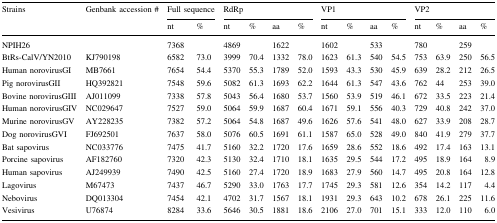
<table><thead><tr><td rowspan="2"><b>Strains</b></td><td rowspan="2"><b>Genbank accession #</b></td><td colspan="2"><b>Full sequence</b></td><td colspan="4"><b>RdRp</b></td><td colspan="4"><b>VP1</b></td><td colspan="4"><b>VP2</b></td></tr><tr><td><b>nt</b></td><td><b>%</b></td><td><b>nt</b></td><td><b>%</b></td><td><b>aa</b></td><td><b>%</b></td><td><b>nt</b></td><td><b>%</b></td><td><b>aa</b></td><td><b>%</b></td><td><b>nt</b></td><td><b>%</b></td><td><b>aa</b></td><td><b>%</b></td></tr></thead><tbody><tr><td>NPIH26</td><td></td><td>7368</td><td></td><td>4869</td><td></td><td>1622</td><td></td><td>1602</td><td></td><td>533</td><td></td><td>780</td><td></td><td>259</td><td></td></tr><tr><td>BtRs-CalV/YN2010</td><td>KJ790198</td><td>6582</td><td>73.0</td><td>3999</td><td>70.4</td><td>1332</td><td>78.0</td><td>1623</td><td>61.3</td><td>540</td><td>54.5</td><td>753</td><td>63.9</td><td>250</td><td>56.5</td></tr><tr><td>Human norovirusGI</td><td>MB7661</td><td>7654</td><td>54.4</td><td>5370</td><td>55.3</td><td>1789</td><td>52.0</td><td>1593</td><td>43.3</td><td>530</td><td>45.9</td><td>639</td><td>28.2</td><td>212</td><td>26.5</td></tr><tr><td>Pig norovirusGII</td><td>HQ392821</td><td>7548</td><td>59.6</td><td>5082</td><td>61.3</td><td>1693</td><td>62.2</td><td>1644</td><td>61.3</td><td>547</td><td>43.6</td><td>762</td><td>44</td><td>253</td><td>39.0</td></tr><tr><td>Bovine norovirusGIII</td><td>AJ011099</td><td>7338</td><td>57.8</td><td>5043</td><td>56.4</td><td>1680</td><td>53.7</td><td>1560</td><td>53.9</td><td>519</td><td>46.1</td><td>672</td><td>33.5</td><td>223</td><td>21.4</td></tr><tr><td>Human norovirusGIV</td><td>NC029647</td><td>7527</td><td>59.0</td><td>5064</td><td>59.9</td><td>1687</td><td>60.4</td><td>1671</td><td>59.1</td><td>556</td><td>40.3</td><td>729</td><td>40.8</td><td>242</td><td>37.0</td></tr><tr><td>Murine norovirusGV</td><td>AY228235</td><td>7382</td><td>57.2</td><td>5064</td><td>54.8</td><td>1687</td><td>49.6</td><td>1626</td><td>57.6</td><td>541</td><td>48.0</td><td>627</td><td>33.9</td><td>208</td><td>28.7</td></tr><tr><td>Dog norovirusGVI</td><td>FJ692501</td><td>7637</td><td>58.0</td><td>5076</td><td>60.5</td><td>1691</td><td>61.1</td><td>1587</td><td>65.0</td><td>528</td><td>49.0</td><td>840</td><td>41.9</td><td>279</td><td>37.7</td></tr><tr><td>Bat sapovirus</td><td>NC033776</td><td>7475</td><td>41.7</td><td>5160</td><td>32.2</td><td>1720</td><td>17.6</td><td>1659</td><td>28.6</td><td>552</td><td>18.6</td><td>492</td><td>17.4</td><td>163</td><td>13.1</td></tr><tr><td>Porcine sapovirus</td><td>AF182760</td><td>7320</td><td>42.3</td><td>5130</td><td>32.4</td><td>1710</td><td>18.1</td><td>1635</td><td>29.5</td><td>544</td><td>17.2</td><td>495</td><td>18.9</td><td>164</td><td>8.9</td></tr><tr><td>Human sapovirus</td><td>AJ249939</td><td>7490</td><td>42.5</td><td>5160</td><td>27.4</td><td>1720</td><td>18.9</td><td>1683</td><td>27.9</td><td>560</td><td>14.7</td><td>495</td><td>20.8</td><td>164</td><td>12.8</td></tr><tr><td>Lagovirus</td><td>M67473</td><td>7437</td><td>46.7</td><td>5290</td><td>33.0</td><td>1763</td><td>17.7</td><td>1745</td><td>29.3</td><td>581</td><td>12.6</td><td>354</td><td>14.2</td><td>117</td><td>4.4</td></tr><tr><td>Nebovirus</td><td>DQ013304</td><td>7454</td><td>42.1</td><td>4702</td><td>31.7</td><td>1567</td><td>18.1</td><td>1931</td><td>29.3</td><td>643</td><td>10.2</td><td>678</td><td>26.1</td><td>225</td><td>11.6</td></tr><tr><td>Vesivirus</td><td>U76874</td><td>8284</td><td>33.6</td><td>5646</td><td>30.5</td><td>1881</td><td>18.6</td><td>2106</td><td>27.0</td><td>701</td><td>15.1</td><td>333</td><td>12.0</td><td>110</td><td>6.0</td></tr></tbody></table>